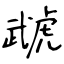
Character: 虣